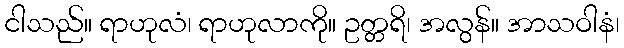
ငါသည်။ ရာဟုလံ၊ ရာဟုလာကို။ ဥတ္တရိ၊ အလွန်။ အာသဝါနံ၊